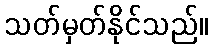
သတ်မှတ်နိုင်သည်။